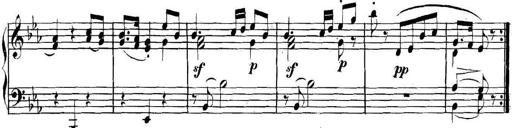
Title: Collected Piano Sonatas
Composer: Muzio Clementi